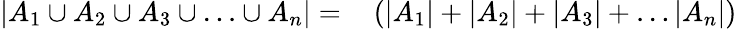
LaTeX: \begin{array}{rl}{\left|A_{1}\cup A_{2}\cup A_{3}\cup\ldots\cup A_{n}\right|=}&{{}\left(\left|A_{1}\right|+\left|A_{2}\right|+\left|A_{3}\right|+\ldots\left|A_{n}\right|\right)}\end{array}